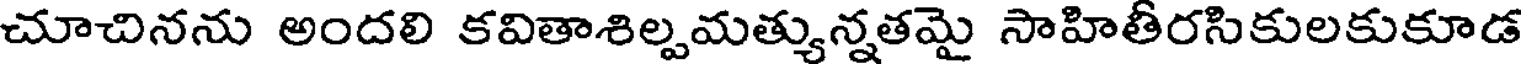
చూచినను అందలి కవితాశిల్పమత్యున్నతమై సాహితీరసికులకుకూడ